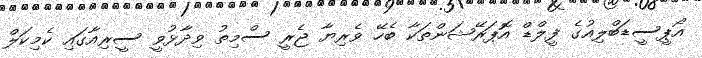
އޯޕީސީޑަބްލިއުގެ ފީލްޑް އޮޕަރޭޝަންތަކާ ބެހޭ ވެރިޔާ ޖެރީ ސްމިތު ވިދާޅުވީ ސީރިއާގައި ކެމިކަލް